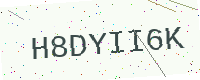
Text: H8DYII6K